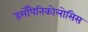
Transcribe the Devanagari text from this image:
डर्मोपैनिकोलोसिस